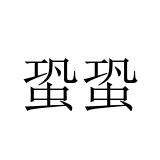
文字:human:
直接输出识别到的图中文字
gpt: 蛩蛩